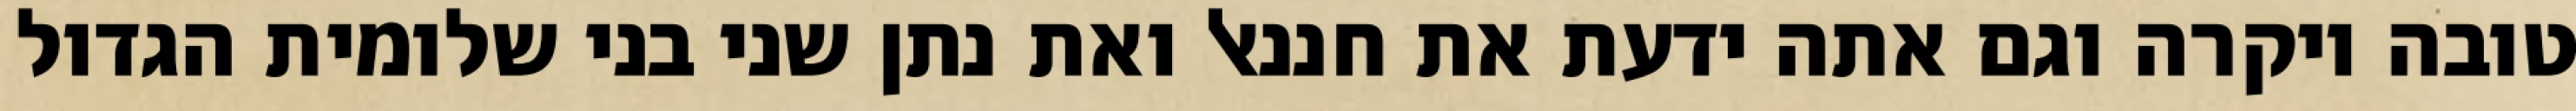
טובה ויקרה וגם אתה ידעת את חננאל ואת נתן שני בני שלומית הגדול